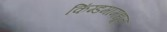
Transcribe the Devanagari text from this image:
किंग्डमामधून